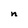
Character: n